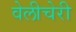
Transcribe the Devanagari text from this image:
वेलीचेरी